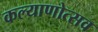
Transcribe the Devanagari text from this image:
कल्याणोत्सव